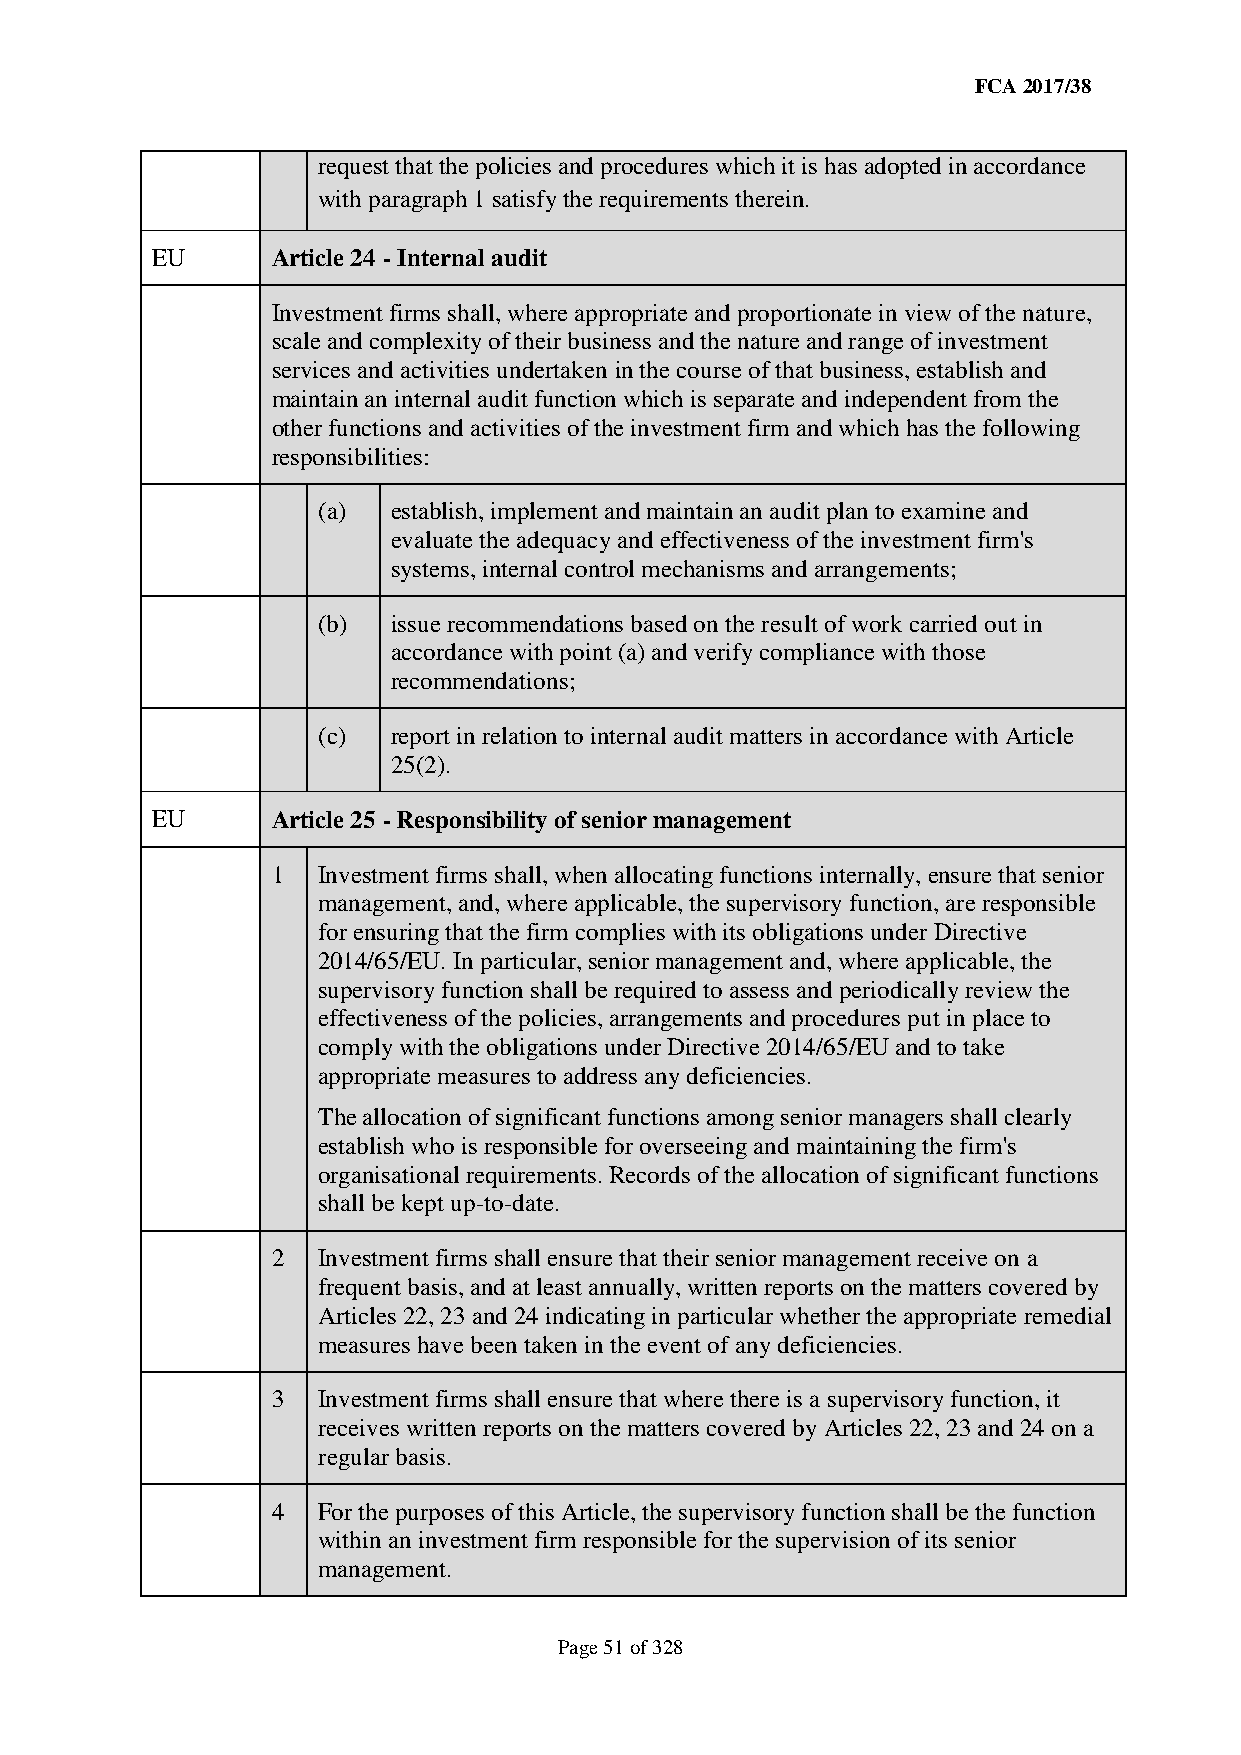
FCA 2017/38
 request that the policies and procedures which it is has adopted in accordance
 with paragraph 1 satisfy the requirements therein.
 EU      Article 24 - Internal audit
 Investment firms shall, where appropriate and proportionate in view of the nature,
 scale and complexity of their business and the nature and range of investment
 services and activities undertaken in the course of that business, establish and
 maintain an internal audit function which is separate and independent from the
 other functions and activities of the investment firm and which has the following
 responsibilities:
 (a)  establish, implement and maintain an audit plan to examine and
 evaluate the adequacy and effectiveness of the investment firm's
 systems, internal control mechanisms and arrangements;
 (b)  issue recommendations based on the result of work carried out in
 accordance with point (a) and verify compliance with those
 recommendations;
 (c)  report in relation to internal audit matters in accordance with Article
 25(2).
 EU      Article 25 - Responsibility of senior management
 1  Investment firms shall, when allocating functions internally, ensure that senior
 management, and, where applicable, the supervisory function, are responsible
 for ensuring that the firm complies with its obligations under Directive
 2014/65/EU. In particular, senior management and, where applicable, the
 supervisory function shall be required to assess and periodically review the
 effectiveness of the policies, arrangements and procedures put in place to
 comply with the obligations under Directive 2014/65/EU and to take
 appropriate measures to address any deficiencies.
 The allocation of significant functions among senior managers shall clearly
 establish who is responsible for overseeing and maintaining the firm's
 organisational requirements. Records of the allocation of significant functions
 shall be kept up-to-date.
 2  Investment firms shall ensure that their senior management receive on a
 frequent basis, and at least annually, written reports on the matters covered by
 Articles 22, 23 and 24 indicating in particular whether the appropriate remedial
 measures have been taken in the event of any deficiencies.
 3  Investment firms shall ensure that where there is a supervisory function, it
 receives written reports on the matters covered by Articles 22, 23 and 24 on a
 regular basis.
 4  For the purposes of this Article, the supervisory function shall be the function
 within an investment firm responsible for the supervision of its senior
 management.
 Page 51 of 328